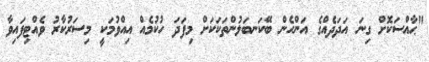
"ޙާއްސަކޮށް ގިނަ އަދަދެއްގެ އަންހެން ބޭކަނބަލުންތަކަކަށް މިފަދަ ހުކުމެއް އިއްވުމަކީ މިސަރުކާރު ވެއްޓިފައިވާ